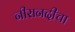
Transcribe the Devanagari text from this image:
नीरानदीचा